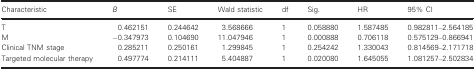
<table><thead><tr><td><b>Characteristic</b></td><td><b><i>B</i></b></td><td><b>SE</b></td><td><b>Wald statistic</b></td><td><b>df</b></td><td><b>Sig.</b></td><td><b>HR</b></td><td><b>95% CI</b></td></tr></thead><tbody><tr><td>T</td><td>0.462151</td><td>0.244642</td><td>3.568666</td><td>1</td><td>0.058880</td><td>1.587485</td><td>0.982811–2.564185</td></tr><tr><td>M</td><td>−0.347973</td><td>0.104690</td><td>11.047946</td><td>1</td><td>0.000888</td><td>0.706118</td><td>0.575129–0.866941</td></tr><tr><td>Clinical TNM stage</td><td>0.285211</td><td>0.250161</td><td>1.299845</td><td>1</td><td>0.254242</td><td>1.330043</td><td>0.814569–2.171718</td></tr><tr><td>Targeted molecular therapy</td><td>0.497774</td><td>0.214111</td><td>5.404887</td><td>1</td><td>0.020080</td><td>1.645055</td><td>1.081257–2.502834</td></tr></tbody></table>